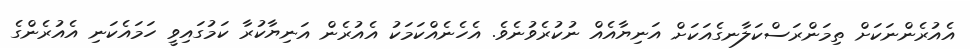
އެއުރެންނަކަށް ތިމަންރަސްކަލާނގެއަކަށް އަނިޔާއެއް ނުކުރެވުނެވެ. އެހެނެއްކަމަކު އެއުރެން އަނިޔާކުރާ ކަމުގައިވީ ހަމައެކަނި އެއުރެންގެ